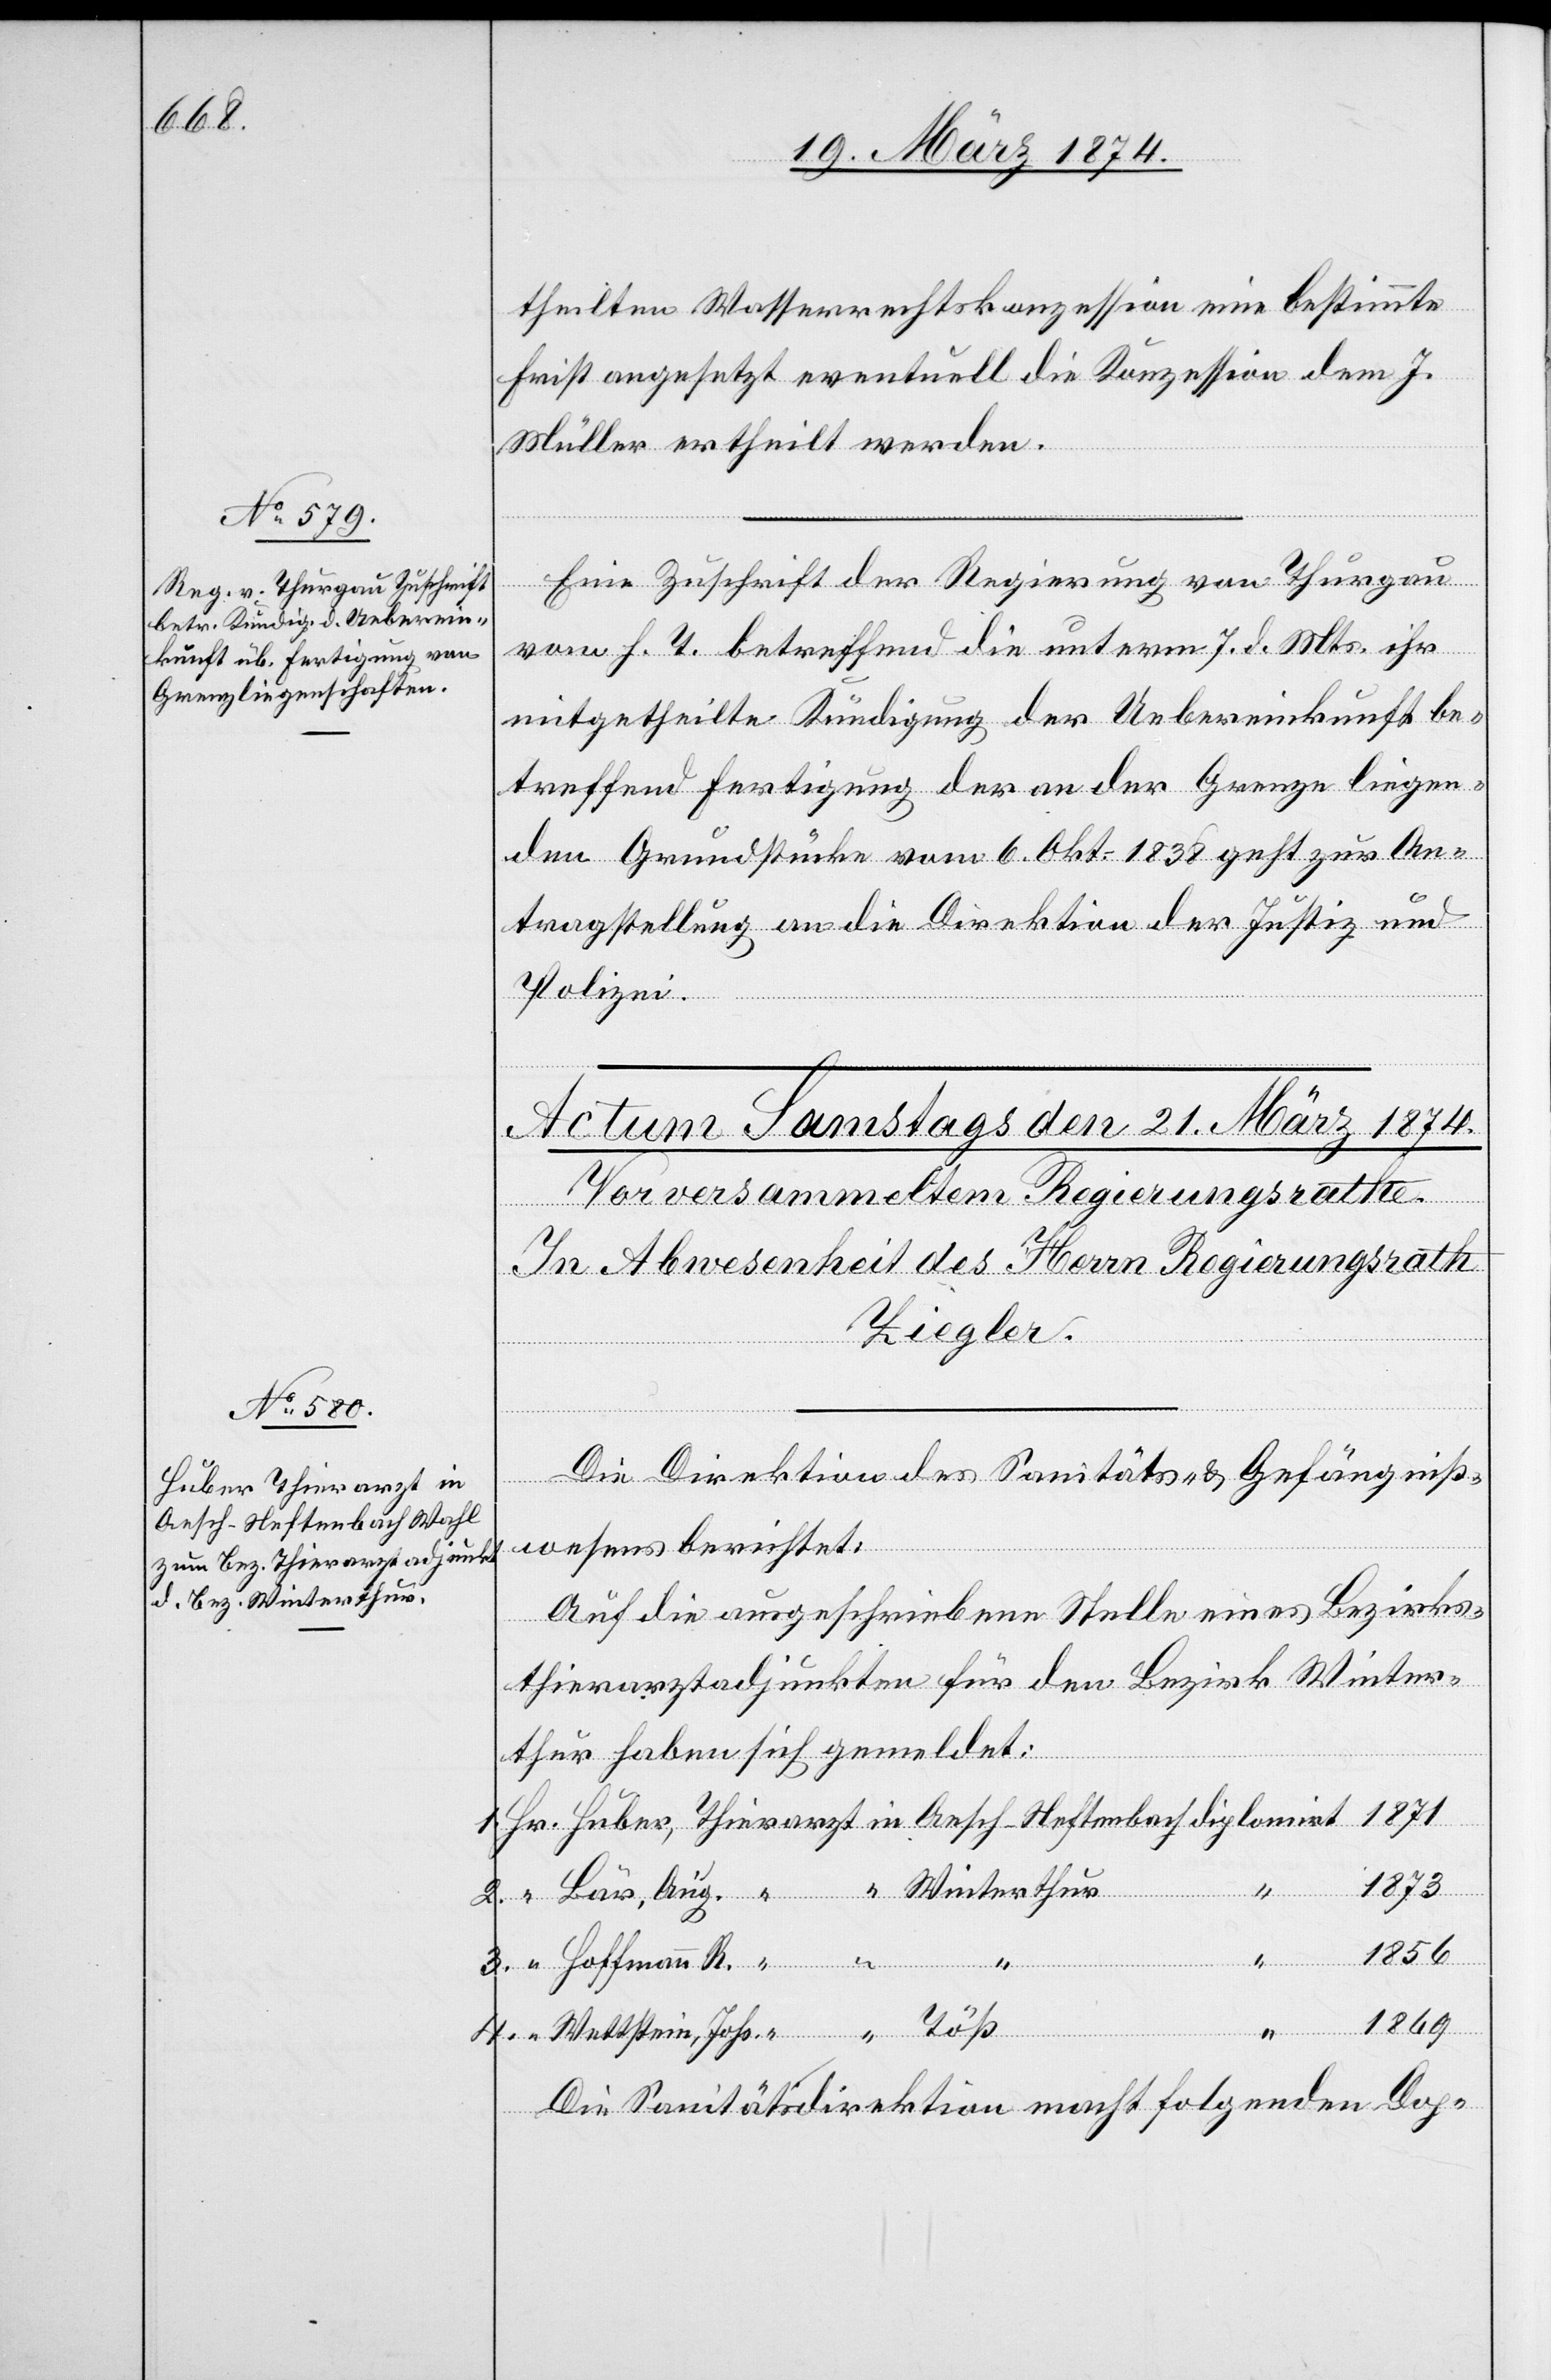
1869

20. März 1874.]
theilten Wasserrechtskonzession eine bestimmte
Frist angesetzt eventuell die Konzession dem J.
Müller ertheilt werden.
Eine Zuschrift der Regierung von Thurgau
vom h. T. betreffend die unterm 7. d. Mts. ihr
mitgetheilte Kündigung der Uebereinkunft be¬
treffend Fertigung der an der Grenze liegen¬
den Grundstücke vom 6. Okt. 1838 geht zur An¬
tragstellung an die Direktion der Justiz und
Polizei.
Die Direktion des Sanitäts- u. Gefängniß¬
wesens berichtet:
Auf die ausgeschriebenen Stelle eines Bezirks¬
thierarztadjunkten für den Bezirk Winter¬
thur haben sich gemeldet:
1873
4.
1856
Winterthur
Johs.
Die Sanitätsdirektion macht folgenden Dop-

Aug.